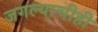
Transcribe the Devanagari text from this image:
जगल्याचीही